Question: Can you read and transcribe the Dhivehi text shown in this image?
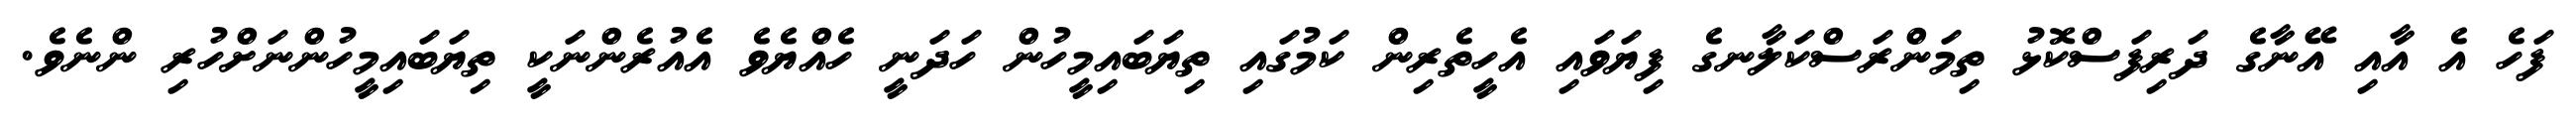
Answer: ފަހެ އެ އާއި އޭނާގެ ދަރިފަސްކޮޅު ތިމަންރަސްކަލާނގެ ފިޔަވައި އެހީތެރިން ކަމުގައި ތިޔަބައިމީހުން ހަދަނީ ހެއްޔެވެ އެއުރެންނަކީ ތިޔަބައިމީހުންނަށްހުރި ންނެވެ.